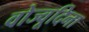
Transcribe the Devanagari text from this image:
वोज्वूदिना